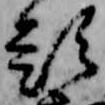
題